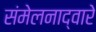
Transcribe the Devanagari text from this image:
संमेलनाद्वारे